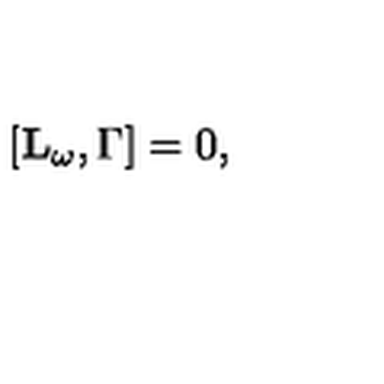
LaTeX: \lbrack \mathbf { L _ { \omega } } , \Gamma ] = 0 ,